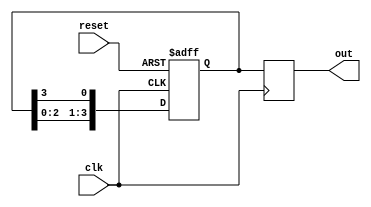
module ring_counter #(parameter N = 4) (
    input wire clk,        // Clock signal
    input wire reset,      // Reset signal
    output reg [N-1:0] out // Output of the ring counter
);

// Internal state variable for the ring counter
reg [N-1:0] state;

// Sequential logic for the ring counter
always @(posedge clk or posedge reset) begin
    if (reset) begin
        // Initialize the counter to 1 in the first flip-flop
        state <= 1'b1; // Only the first flip-flop is set to '1'
    end else begin
        // Shift the '1' to the next flip-flop
        state <= {state[N-2:0], state[N-1]}; // Shift left and wrap around
    end
end

// Assign the current state to the output
always @(posedge clk) begin
    out <= state;
end

endmodule